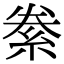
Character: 絭